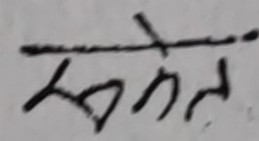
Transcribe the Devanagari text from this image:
संकेत